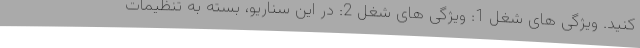
کنید. ویژگی های شغل 1: ویژگی های شغل 2: در این سناریو، بسته به تنظیمات